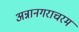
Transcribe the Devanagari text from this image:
अन्नानगराचरम